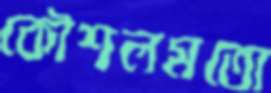
কৌশলমতো